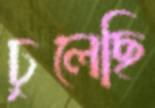
ঢুলেছি